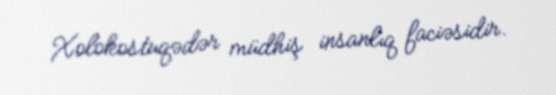
Xolokostuqədər müdhiş insanlıq faciəsidir.